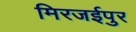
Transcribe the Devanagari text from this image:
मिरजईपुर